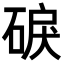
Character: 𥓎